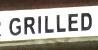
grilled